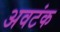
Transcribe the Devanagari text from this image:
अवटंक